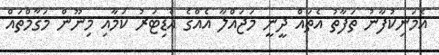
އެމަނިކުފާނު ތަފާތު އެތައް ދީނީ މަޖައްލާ އެއްގެ އެޑިޓަރު ކަމާއި މިނޫން މަޤާމްތައް